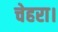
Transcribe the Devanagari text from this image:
चेहरा।